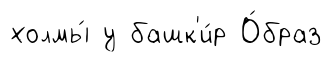
холмы́ у башк'и́р О́браз